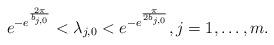
LaTeX: \begin{align*}e^{-e^{\frac{2\pi}{b_{j,0}}}}<\lambda_{j,0}<e^{-e^{\frac{\pi}{2b_{j,0}}}}, j=1,\dots, m.\end{align*}